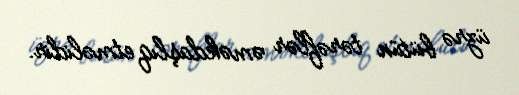
üzrə bütün tərəflər əməkdaşlıq etməlidir.